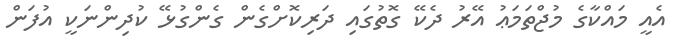
އެއީ މައްކާގެ މުޖްތަމަޢު އޭރު ދެކޭ ގޮތުގައި ދަރިކޮށްގެން ގެންގުޅޭ ކުދިންނަކީ އުފަން